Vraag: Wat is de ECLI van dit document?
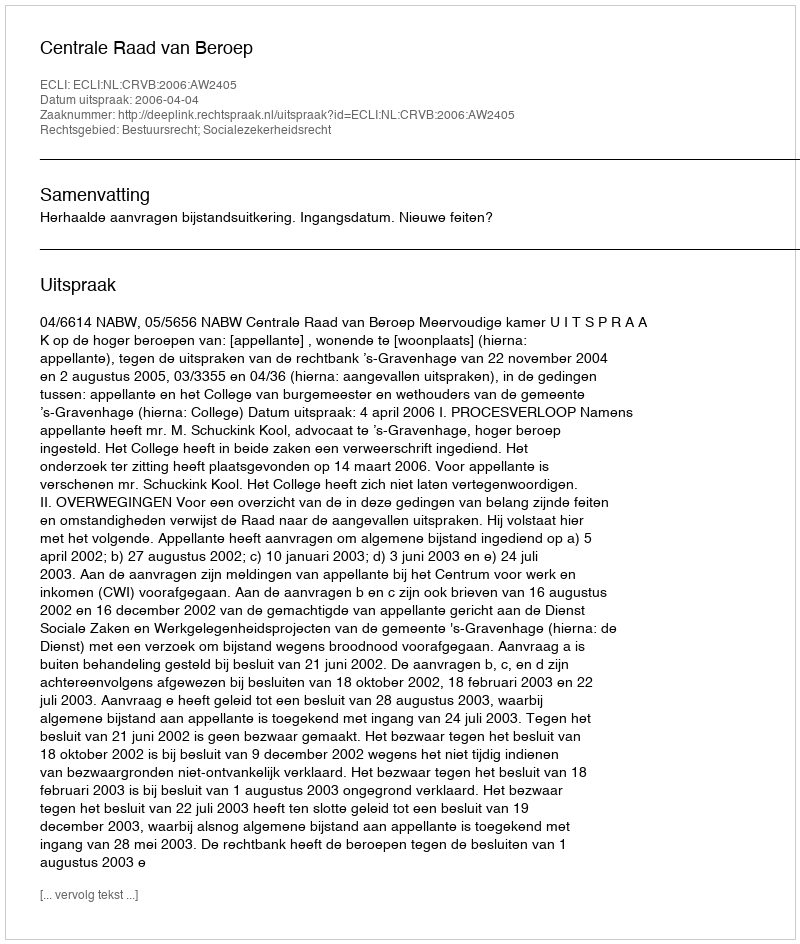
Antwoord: ECLI:NL:CRVB:2006:AW2405